画像に写った文字を読んでください
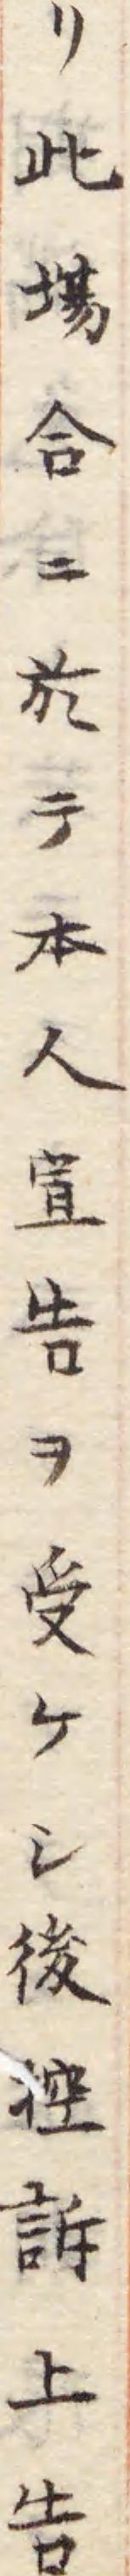
「リ此塲合ニ於テ本人宣告ヲ受ケシ後控訴上告」と書いてあります